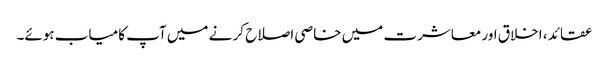
عقائد ، اخلاق اور معاشرت میں خاصی اصلاح کر نے میں آپ کامیاب ہوئے۔